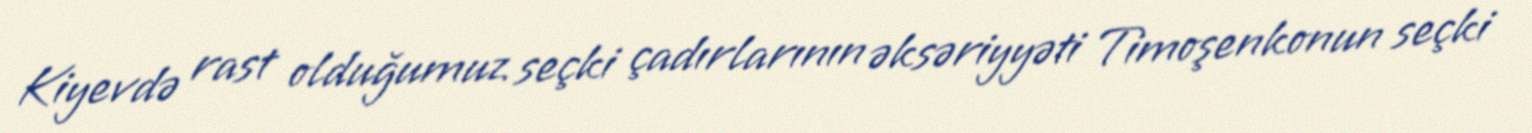
Kiyevdə rast olduğumuz seçki çadırlarının əksəriyyəti Timoşenkonun seçki